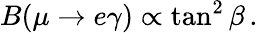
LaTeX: B(\mu\to e\gamma)\propto\tan^{2}\beta\, .